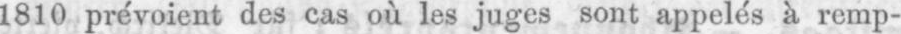
1810 prévoient des cas où les juges sont appelés à remp-